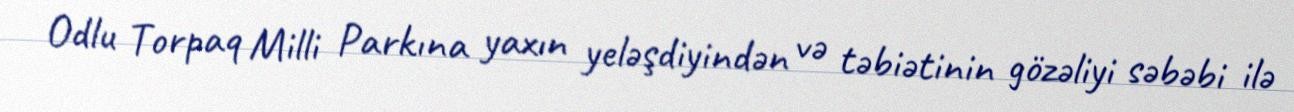
Odlu Torpaq Milli Parkına yaxın yeləşdiyindən və təbiətinin gözəliyi səbəbi ilə